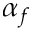
\alpha _ { f }